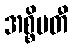
အစ္စိမတီ